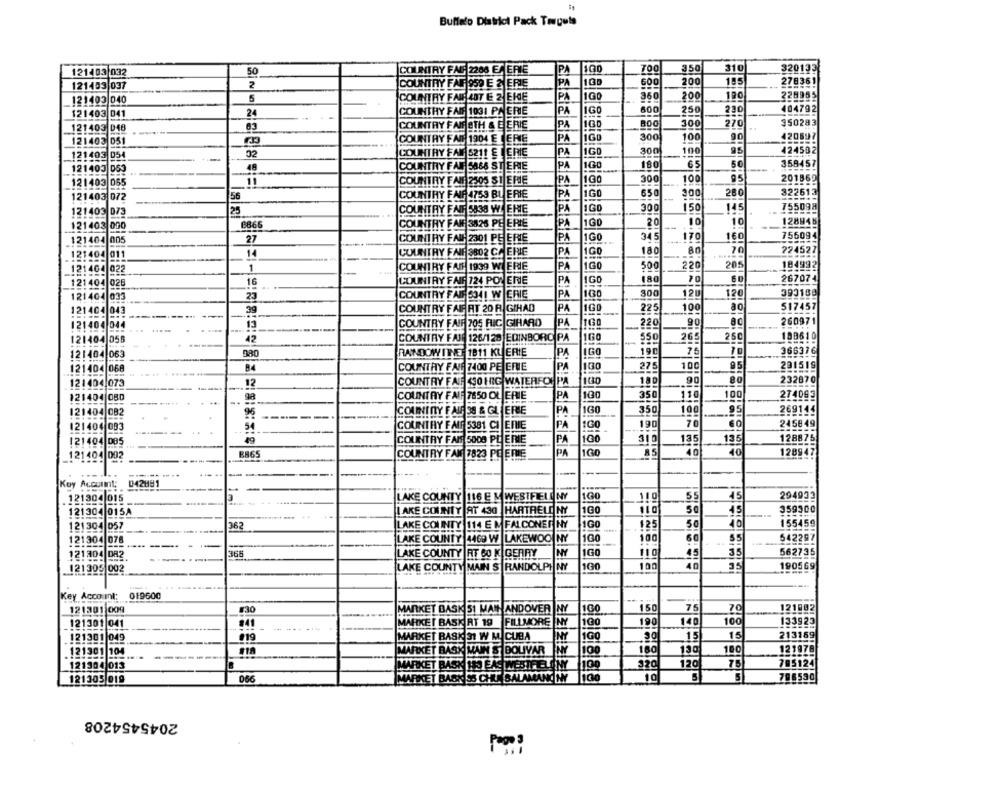
121403 032
50
COUNTRY FAG 2266 EA ERIE
PA
100
700
350
310
320133
121403 037
2
COUNTRY FAIR 950 E 2 ERIE
PA
600
200
185
278361
PA
1GO
360
200
190
228955
121403 040
5
COUNTRY FANS 407 E 2 EHE
COUNTHY FAN 1031 PAERIE
PA
IGO
600
250
230
404792
121403 041
24
121403 048
COUNTRY FANSTH & E ERIE
PA
300
270
350283
121403 051
COUNTRY FANS 1904 E ERIE
PA
300
100
90
420597
PA
300
100
424502
121403 054
02
COUNTRY FAN 5211 E [ ERIE
IGO
48
COUNTRY FAN 5866 STERIE
PA
IG
180
65
50
358457
121403 053
---
121403 055
11
COUNTRY FAUT 2505 SI ERE
PA
300
100
95
201869
121403 072
56
COUNTRY FAIR 4753 BL ERIE
PA
1GO
650
300
280
322613
PA
300
150
145
755098
121403 073
25
COUNTRY FAIR 5838 WI ERIE
1GD
1GO
10
128945
121403 000
8866
COUNTRY FAN 3826 PE ERIE
PA
20
10
PA
1G0
345
170
756094
121404 005
27
COUNTRY FAU 2301 PE ERIE
160
14
COUNTRY FAIR 3802 CA ERIE
PA
1GO
180
80
70
724527
.121404 011
_121404 022
1
COUNTRY FAIR 1939 WIERIE
PA
1GO
500
220
205
184992
180
267074
121404 028
16
COUNTRY FAIR 724 POR ENE
PA
PA
160
300
120
393188
121404 033
23
COUNTRY FARE 934! W ERIE
120
COUNTRY FAIFRIT 20 R GIHAD
PA
225
100
517457
121404 043
39
121404 044
13
COUNTRY FAIR 705 FLIC |GIRARD
PA
.220
90
260971
121404 055
42
COUNTRY FAJ 126/128 EDINBORO PA
160
$50
265
250
188610
121404 063
980
RANDOWIT
1811 KU ERIE
PA
IGO
19C
75
366376
100
121404 068
B4
COUNTRY FAIR 7400 PE ERE
PA
275
100
95
291519
COUNTRY FAIR 430 HIG WATERFON PA
100
90
80
232870
121404 073
12
COUNTRY FAIR 7650 OLJERIE
PA
100
350
110
100
274093
121404 080
..
..
98
121404 082
96
COUNTRY FAL 38 & GLIERIE
160
350
100
.95
269145
121404 033
54
COUNTRY FAUF 5381 CI ERE
PA
190
70
245849
121404 085
COUNTRY FAIT 5000 PL ENIE
PA
100
135
135
128875
PA
160
10
128947
121404 002
E865
COUNTRY FAN 7823 PE ERIE
85
-
-
Key Account:
042881
-
LAKE COUNTY |116 E M WESTFIELD NY
160
110
55
45
294933
.121304 015
121304 015A
LAKE COUNTY AT 430 |HARTRELO NY
100
50
45
359300
50
10
155459
121304 057
36
LAKE COUNTY
114 E M FALCONER NY
1GO
125
LAKE COUNTY 4469 W |LAKEWOO NY
160
100
55
542297
121304 078
121804 DR2
368
LAKE COUNTY |RT 60 K GERRY
1GO
110
15
35
562735
121305 002
LAKE COUNTY MAIN S |RANDOLPH NY
1G
100
190569
Key Account: 019600
121301 009
#30
WIRKET BASK 51 MAN ANDOVER |NY
100
150
75
70
121802
121301 041
ARKET BASK RT 19
FILLMORE NY
190
140
100
133923
213169
.121301 049
119
MARKET BASK 31 W M. CUBA
INY
1GO
15
15
100
180
130
100
121978
121301 104
ARKET BASK MAIN & BOLIVAR NY
ARK
BASK HO EAST WESTFELONY
320
120
75
795124
121904 013
121305 019
066
35 CHUMBALAMANCHY 100
10
5
796530
2045454208